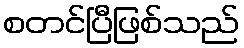
စတင်ပြီဖြစ်သည်